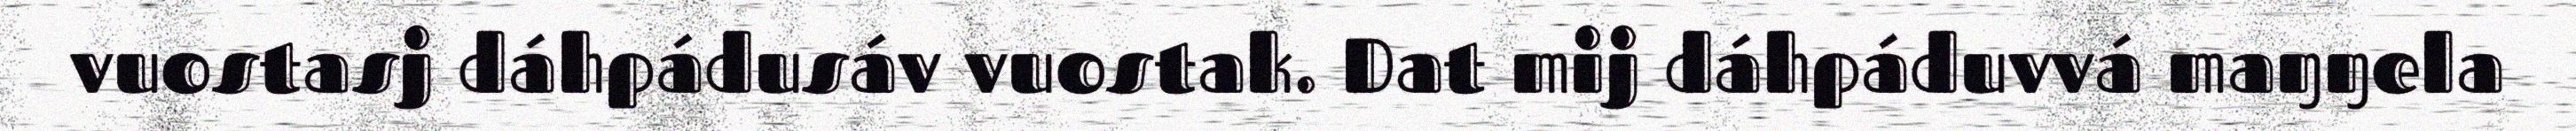
vuostasj dáhpádusáv vuostak. Dat mij dáhpáduvvá maŋŋela